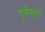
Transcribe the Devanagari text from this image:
पूर्वेलाही